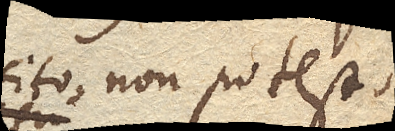
cito, non potest,